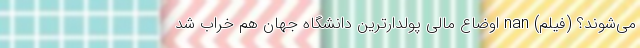
می‌شوند؟ (فیلم) nan اوضاع مالی پولدارترین دانشگاه جهان هم خراب شد